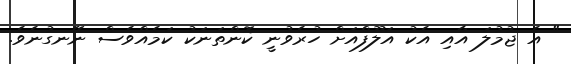
" އެ ޖުމުލަ އާއި އެކު އަލޫފްއަށް ހުރެވުނީ ކޮންތަނަކު ކަމެއްވެސް ނޭނގުނެވެ.